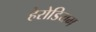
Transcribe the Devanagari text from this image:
हेरोडियम